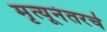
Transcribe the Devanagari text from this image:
मृत्यूनंतरचे